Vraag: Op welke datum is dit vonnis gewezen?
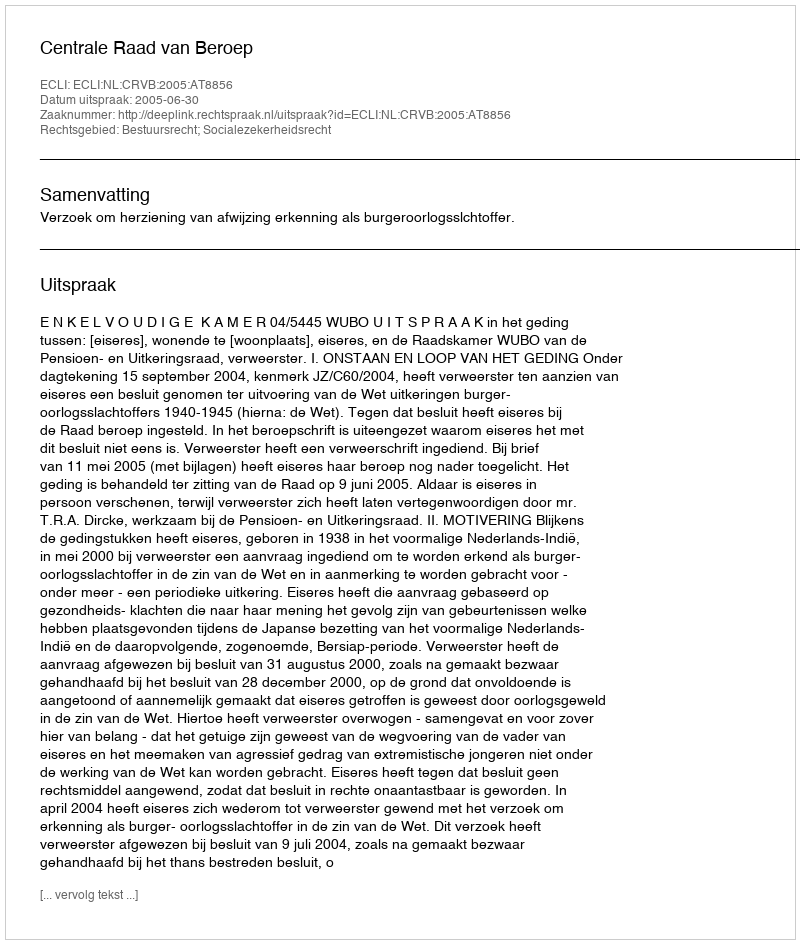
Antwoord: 2005-06-30